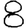
Digit: 8